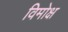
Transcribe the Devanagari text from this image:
विमोक्ष